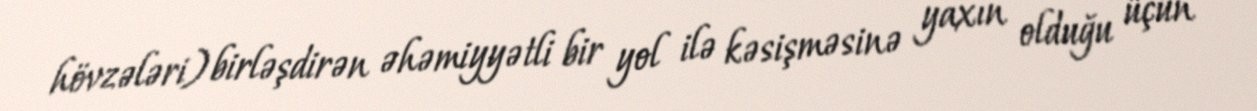
hövzələri) birləşdirən əhəmiyyətli bir yol ilə kəsişməsinə yaxın olduğu üçün